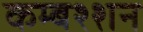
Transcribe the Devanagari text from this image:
कम्बश्शन